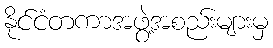
နိုင်ငံတကာအဖွဲ့အစည်းများမှ